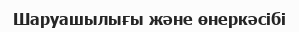
Шаруашылығы және өнеркәсібі